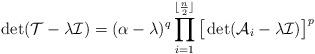
LaTeX: \begin{align*}\operatorname{det}(\mathcal T-\lambda\mathcal I)=(\alpha-\lambda)^q\prod_{i=1}^{\lfloor \frac{n}{2}\rfloor}\big[\operatorname{det}(\mathcal A_i-\lambda\mathcal I)\big]^p\end{align*}